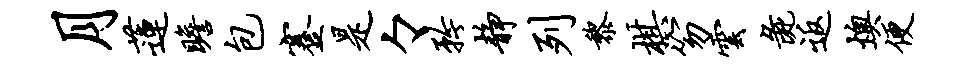
月莲瞻包蹇是々矜静列黎棋笏云彘返燠便